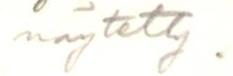
näytetty.